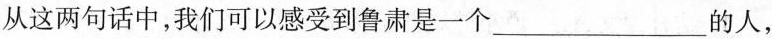
从这两句话中，我们可以感受到鲁肃是一个___的人，